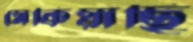
সেকিয়াছি